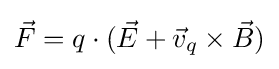
{\vec {F}}=q\cdot ({\vec {E}}+{\vec {v}}_{q}\times {\vec {B}})